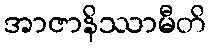
အာဇာနိဿာမီတိ